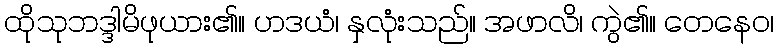
ထိုသုဘဒ္ဒါမိဖုယား၏။ ဟဒယံ၊ နှလုံးသည်။ အဖာလိ၊ ကွဲ၏။ တေနေဝ၊